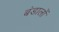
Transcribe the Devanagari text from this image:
बंडालों